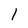
Character: l